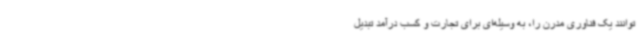
توانند یک فناوری مدرن را، به وسیله‌ای برای تجارت و کسب درآمد تبدیل